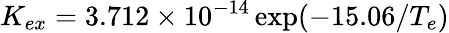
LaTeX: K_{ex}=3.712\times 10^{-14}\exp({-15.06/T_{e}})